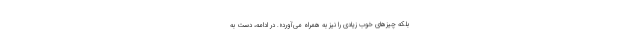
بلکه چیزهای خوب زیادی را نیز به همراه می‌آورد». در ادامه، دست به